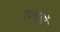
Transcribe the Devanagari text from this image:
एक्सलों